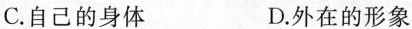
C.自己的身体 D.外在的形象